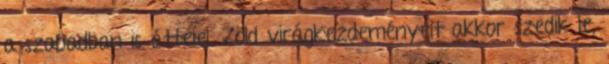
a szabadban is áttelel. Zöld virágkezdeményeit akkor szedik le,